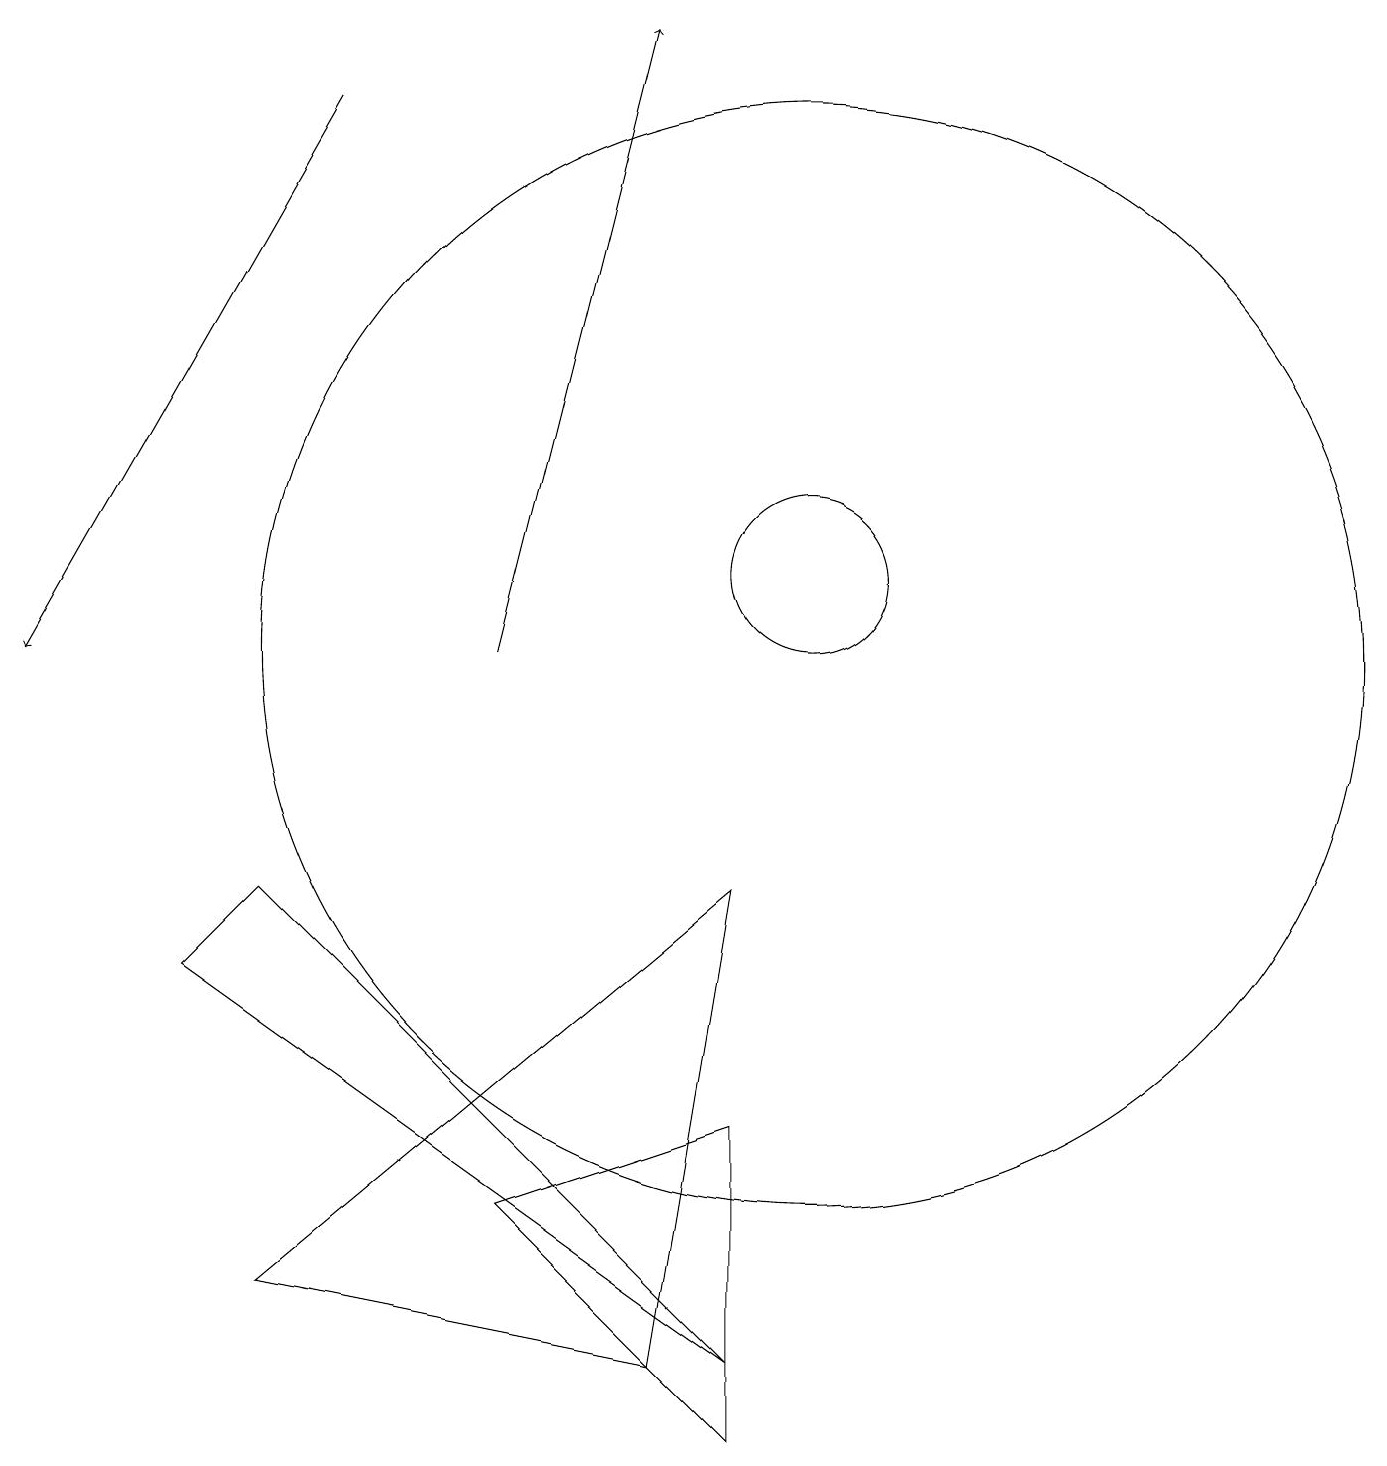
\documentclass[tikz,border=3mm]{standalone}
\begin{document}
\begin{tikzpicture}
\draw[->] (4,17) -- (0,10);
\draw (3,7) -- (2,6) -- (9,1) -- cycle;
\draw (9,7) -- (8,1) -- (3,2) -- cycle;
\draw (10,11) circle (1);
\draw (9,4) -- (9,0) -- (6,3) -- cycle;
\draw (10,10) circle (7);
\draw[->] (6,10) -- (8,18);
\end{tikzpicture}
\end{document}